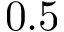
0 . 5